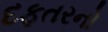
દફતરનો